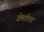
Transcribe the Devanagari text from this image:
वेलॉक्स